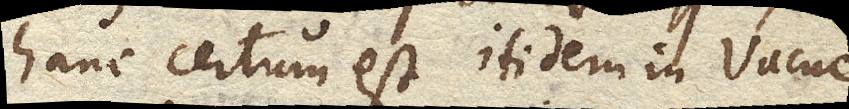
hanc certum est itidem in Vacuo